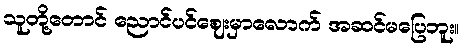
သူတို့တောင် ညောင်ပင်ဈေးမှာလောက် အဆင်မပြေဘူး။